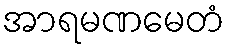
အာရမဏမေတံ